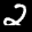
Label: 2